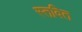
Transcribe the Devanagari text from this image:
स्तवित